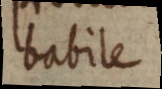
babile